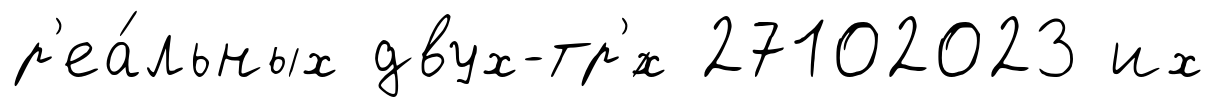
р'еа́льных двух-тр'́х 27102023 их